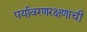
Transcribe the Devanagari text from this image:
पर्यावरणरक्षणाची